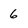
Character: 6